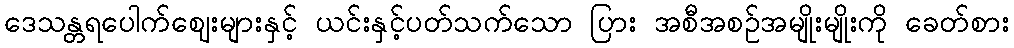
ဒေသန္တရပေါက်ဈေးများနှင့် ယင်းနှင့်ပတ်သက်သော ပြား အစီအစဉ်အမျိုးမျိုးကို ခေတ်စား